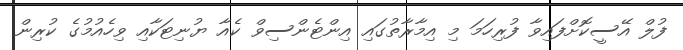
ފުލް އޭސީކޮށްފައިވާ ފުރިހަމަ މި އިމާރާތުގައި އިންޓެންސިވް ކެއާ ޔުނިޓަކާއި ވިހެއުމުގެ ކުރިން